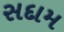
સદામ